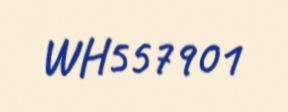
WH557901